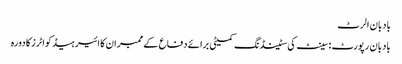
بادبان الرٹ
بادبان رپورٹ : سینٹ کی سٹینڈنگ کمیٹی برائے دفاع کے ممبران کا ائیر ہیڈ کواٹرز کا دورہ